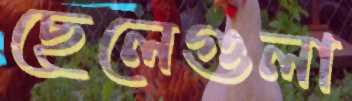
ছেলেগুলা